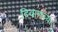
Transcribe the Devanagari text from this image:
दिवाणच्या